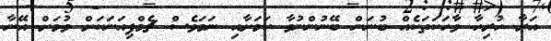
އަރާ ހުރިހާ ވާހަކަތަކެއް ބުނަން ބޭނުންނުވާ ކަމަށާއި ނަމަވެސް ޗެމްޕިއަނަކަށް ވުމަށް އޭނާ